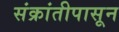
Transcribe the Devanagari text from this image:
संक्रांतीपासून